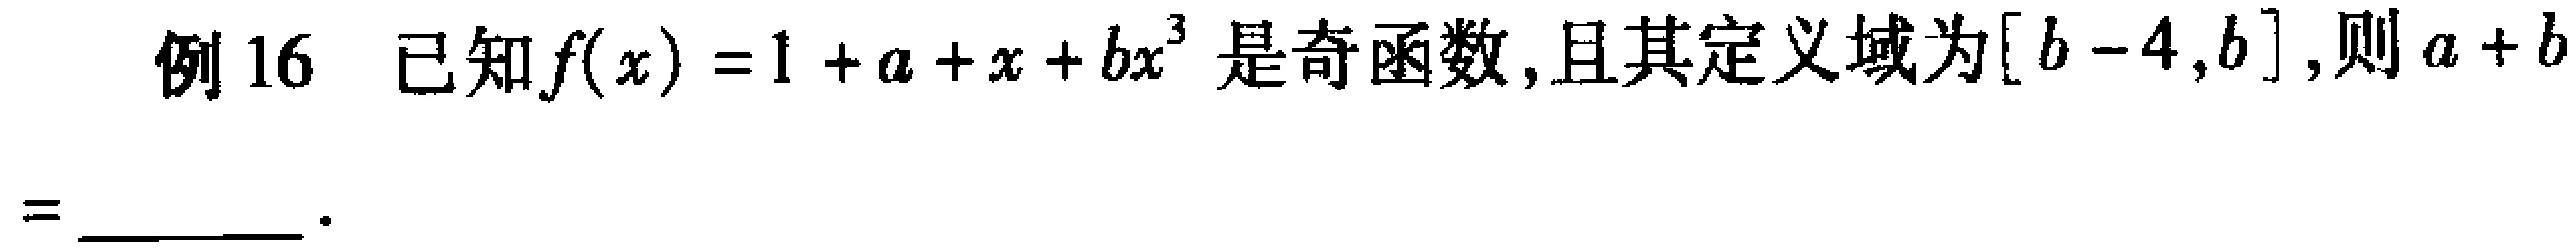
例16 已知\(f(x)=1 + a + x + bx^{3}\)是奇函数,且其定义域为\([b - 4,b]\),则\(a + b\) = ________ 。